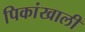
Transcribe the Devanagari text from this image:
पिकांखाली